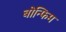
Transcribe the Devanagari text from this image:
बोन्फिम